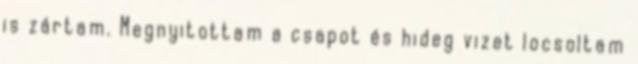
is zártam. Megnyitottam a csapot és hideg vizet locsoltam